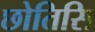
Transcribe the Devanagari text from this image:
छोतिसि